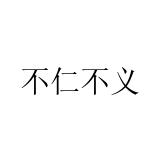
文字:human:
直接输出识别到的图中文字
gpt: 不仁不义